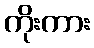
ကိုးကား